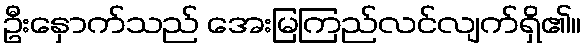
ဦးနှောက်သည် အေးမြကြည်လင်လျက်ရှိ၏။